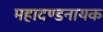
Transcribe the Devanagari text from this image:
महादण्डनायक